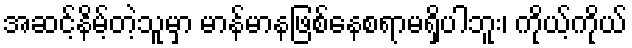
အဆင့်နိမ့်တဲ့သူမှာ မာန်မာနဖြစ်နေစရာမရှိပါဘူး၊ ကိုယ့်ကိုယ်